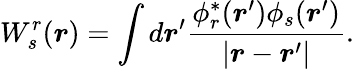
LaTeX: W_{s}^{r}(\boldsymbol{r})=\int d\boldsymbol{r}^{\prime}\frac{\phi_{r}^{*}(\boldsymbol{r}^{\prime})\phi_{s}(\boldsymbol{r}^{\prime})}{|\boldsymbol{r}-\boldsymbol{r}^{\prime}|}.